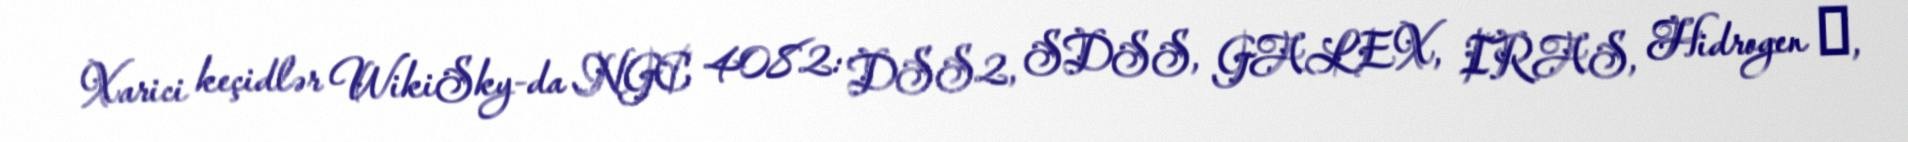
Xarici keçidlər WikiSky-da NGC 4082: DSS2, SDSS, GALEX, IRAS, Hidrogen α,